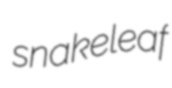
snakeleaf